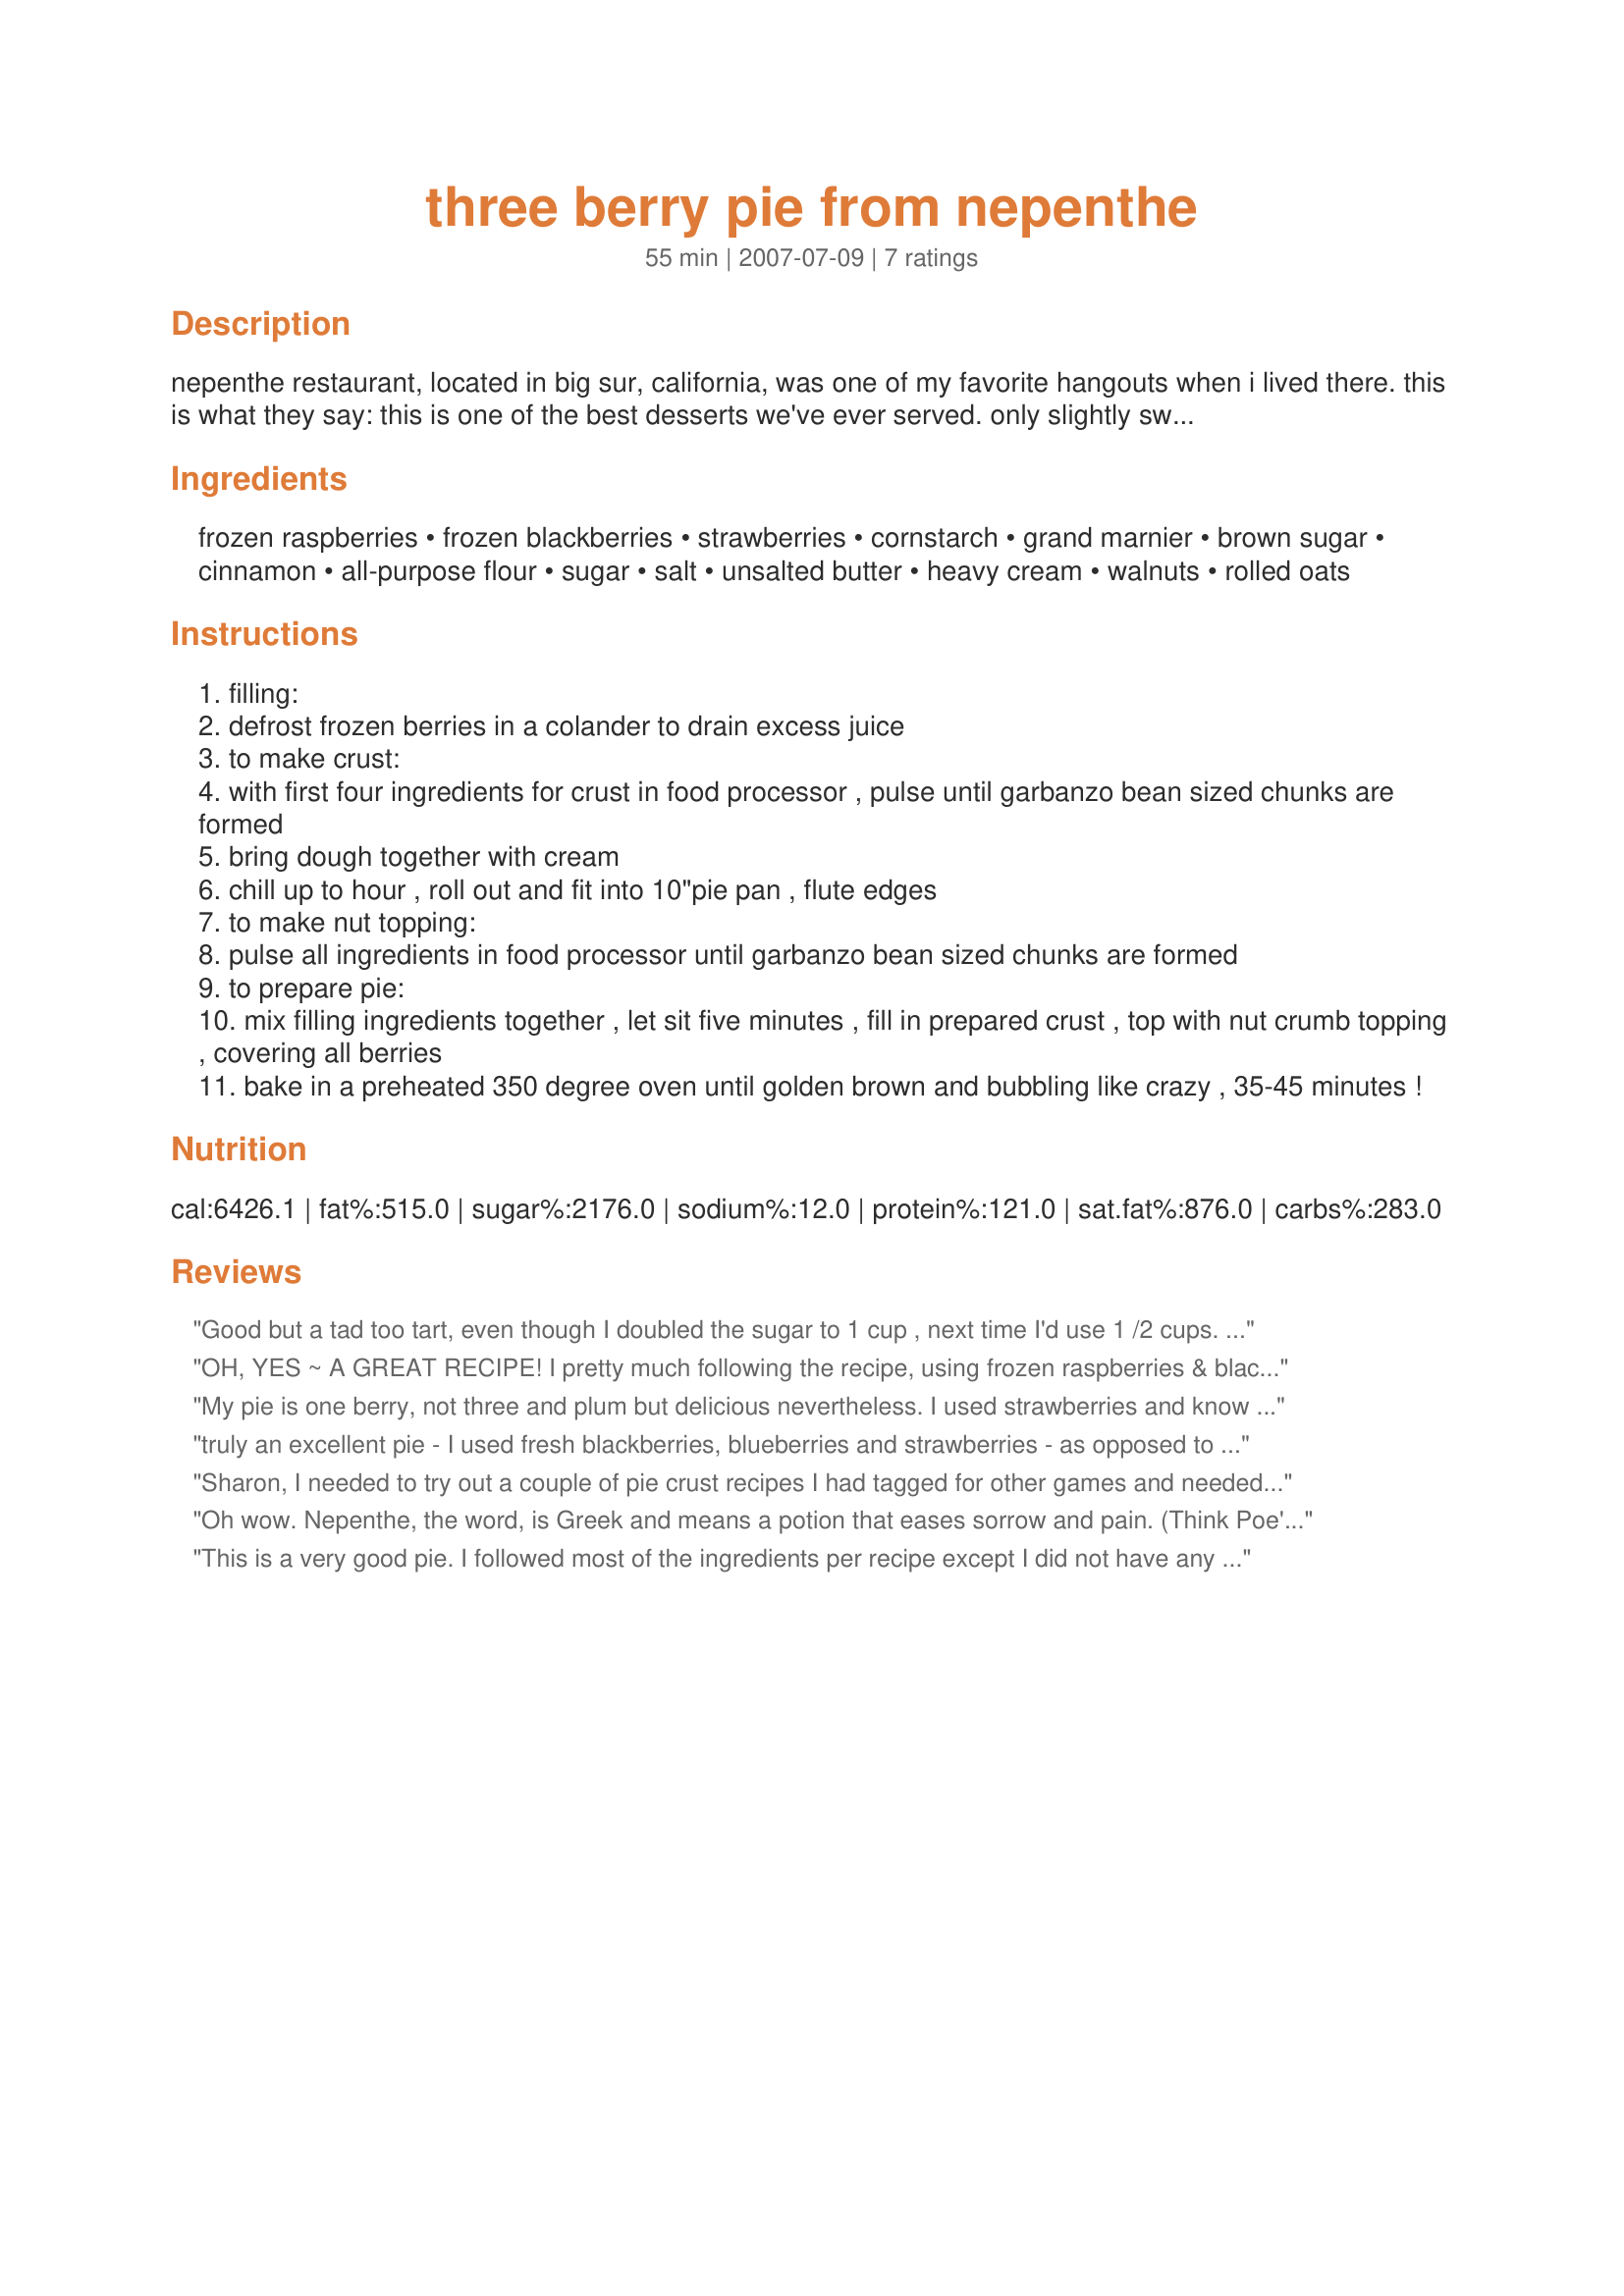
three berry pie from nepenthe
Preparation time: 55 minutes

nepenthe restaurant, located in big sur, california, was one of my favorite hangouts when i lived there. this is what they say:
this is one of the best desserts we've ever served. only slightly sweet, the tart fruit and delicious crumb topping are excellent when heated, then served with a scoop of rich vanilla ice cream.

Ingredients:
frozen raspberries, frozen blackberries, strawberries, cornstarch, grand marnier, brown sugar, cinnamon, all-purpose flour, sugar, salt, unsalted butter, heavy cream, walnuts, rolled oats

Steps:
filling:
defrost frozen berries in a colander to drain excess juice
to make crust:
with first four ingredients for crust in food processor , pulse until garbanzo bean sized chunks are formed
bring dough together with cream
chill up to hour , roll out and fit into 10"pie pan , flute edges
to make nut topping:
pulse all ingredients in food processor until garbanzo bean sized chunks are formed
to prepare pie:
mix filling ingredients together , let sit five minutes , fill in prepared crust , top with nut crumb topping , covering all berries
bake in a preheated 350 degree oven until golden brown and bubbling like crazy , 35-45 minutes !

Reviews:
Good but a tad too tart, even though I doubled the sugar to 1 cup , next time I'd use 1 /2 cups. The crumb topping is excellent even without walnuts!
OH, YES ~ A GREAT RECIPE! I pretty much following the recipe, using frozen raspberries & blackberries & then fresh strawberries! I usually do 9-inch deep dish pies, but this recipe gave me the opportunity to use my HUGH pie plate! As with other reviewers, we really liked the crust, & the topping is OUTSTANDING! A great keeper of a recipe ~ I only wish I could give it a double-batch of stars! [Tagged, made & reviewed in Gimme 5 tag]
My pie is one berry, not three and plum but delicious nevertheless. I used strawberries and know that this pie could "ease all sorrow and pain" especially when served with cream. I used the exact amount of sugar as directed and love the fact that it is not over the top sweet.
truly an excellent pie - I used fresh blackberries, blueberries and strawberries - as opposed to frozen - and actually added fresh peaches when I ended up having less fruit than I thought. Next time I'll try it not adding peaches (which made it somehow more tart), though it tasted good and worked out fine.
Sharon, I needed to try out a couple of pie crust recipes I had tagged for other games and needed a good filling to put in them. I had several different berries in the freezer for smoothies, so I decided to give this recipe a try. I used blackberries, raspberries, blueberries and tart cherries. I used orange juice and rind in place of the Grand Marnier and it worked just fine. The topping for the pie is wonderful and really adds to the flavor. I will make this again however; the next time I want to make the crust listed in the recipe as it sounds interesting with the addition of cream. Thanks for posting this recipe...Made as an addition to both my PAC and Best of 2010 recipe tags.
Oh wow. Nepenthe, the word, is Greek and means a potion that eases sorrow and pain. (Think Poe's "The Raven" --oh quaff this kind nepenthe and forget this lost Lenore!) The restaurant is named after this, and this pie definitely lives up to its name! I'm going to be using the nut topping for everything. I used olallieberries, raspberries and blueberries and it was a hit all round. I love that it's not TOO sweet--all the better with ice cream! Thanks, Sharon!
This is a very good pie. I followed most of the ingredients per recipe except I did not have any Grand Marnier so I used brandy, and I was out of frozen strawberries, so I used 1/2 raspberries and 1/2 Marionberries(type of blackberry). The crust is delicious. The filling is tart. Unfortunately I don't have any vanilla ice cream but I am going to get some tomorrow. Made for Photo Tag.
